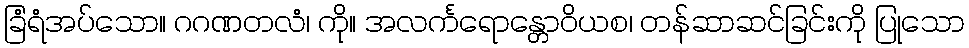
ခြံရံအပ်သော။ ဂဂဏတလံ၊ ကို။ အလင်္ကရောန္တောဝိယစ၊ တန်ဆာဆင်ခြင်းကို ပြုသော